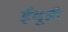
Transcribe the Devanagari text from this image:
ईयूडी